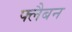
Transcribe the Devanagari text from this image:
फ्लैबन